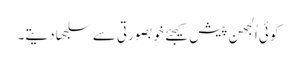
کوئی اُلجھن پیش کیجئے خوبصورتی سے سلجھا دیتے۔